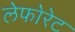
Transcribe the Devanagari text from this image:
लेफोरेट